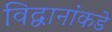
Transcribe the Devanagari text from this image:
विद्वानांकडे